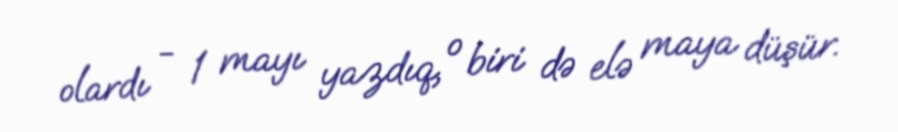
olardı - 1 mayı yazdıq, o biri də elə maya düşür.